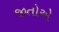
જીતોએ